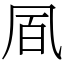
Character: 凮